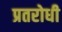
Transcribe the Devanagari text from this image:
प्रतरोधी